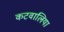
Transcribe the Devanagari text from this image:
कटवालिया